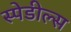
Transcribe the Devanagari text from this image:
स्पेडील्स